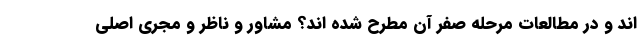
اند و در مطالعات مرحله صفر آن مطرح شده اند؟ مشاور و ناظر و مجری اصلی